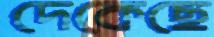
দেকেছে